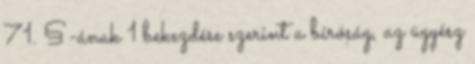
71. §-ának 1 bekezdése szerint a bíróság, az ügyész